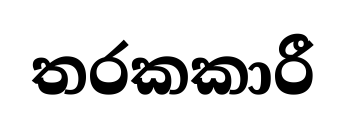
තරකකාරී